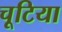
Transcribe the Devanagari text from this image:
चूटिया